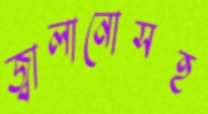
জ্বালানোসহ